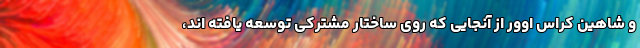
و شاهین کراس اوور از آنجایی که روی ساختار مشترکی توسعه یافته اند،